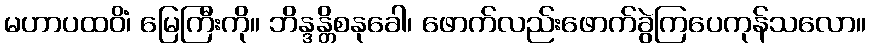
မဟာပထဝိံ၊ မြေကြီးကို။ ဘိန္ဒန္တိစနုခေါ၊ ဖောက်လည်းဖောက်ခွဲကြပေကုန်သလော။